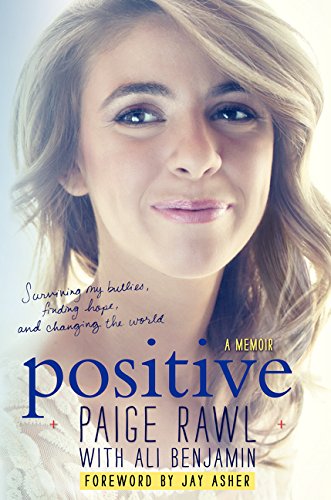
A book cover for Positive: A Memoir; Paige Rawl; Teen & Young Adult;